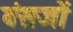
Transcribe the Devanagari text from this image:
वंसजों